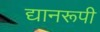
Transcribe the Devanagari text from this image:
द्यानरूपी